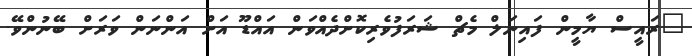
"ރައީސް ޔާމީން ފައިނަލް މެޗް ޝަރަފުވެރިކޮށްދެއްވަން އައްޑޫ އަށް އަންނަން ވަރަށް ބޭނުންވޭ.